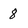
Character: 8